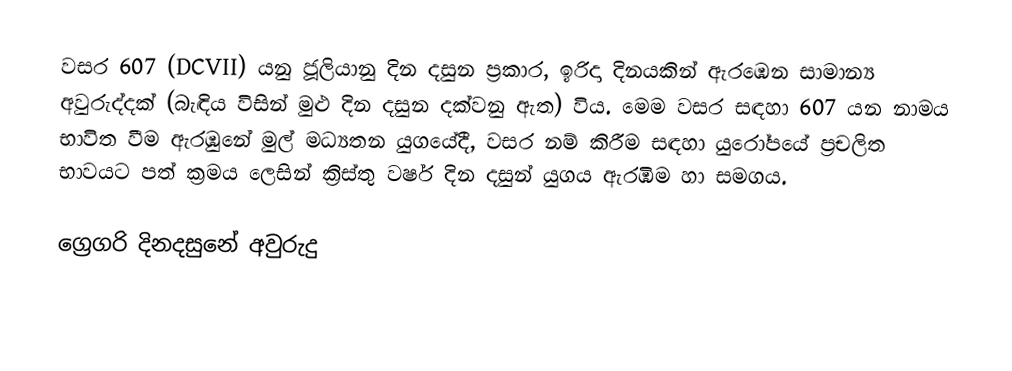
වසර  607 (DCVII) යනු ජූලියානු දින දසුන ප්‍රකාර,   ඉරිදා දිනයකින් ඇරඹෙන සාමාන්‍ය අවුරුද්දක් (බැඳිය විසින් මුළු දින දසුන දක්වනු ඇත) විය. මෙම වසර සඳහා 607 යන නාමය භාවිත වීම ඇරඹුනේ මුල් මධ්‍යතන යුගයේදී, වසර නම් කිරීම සඳහා යුරෝපයේ ප්‍රචලිත භාවයට පත් ක්‍රමය ලෙසින් ක්‍රිස්තු වර්ෂ දින දසුන් යුගය ඇරඹීම හා සමගය.

ග්‍රෙගරි දිනදසුනේ අවුරුදු